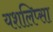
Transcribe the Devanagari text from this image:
यशलिप्सा